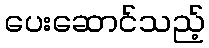
ပေးဆောင်သည့်